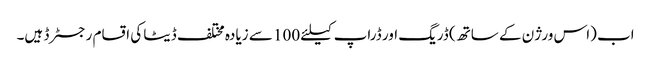
اب (اس ورژن کے ساتھ) ڈریگ اور ڈراپ کیلئے 100 سے زیادہ مختلف ڈیٹا کی اقسام رجسٹرڈ ہیں۔